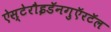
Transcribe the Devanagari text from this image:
ऐस्टेरौइडॅनगुऍरटॅल